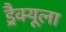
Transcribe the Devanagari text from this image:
ड्रैक्यूला